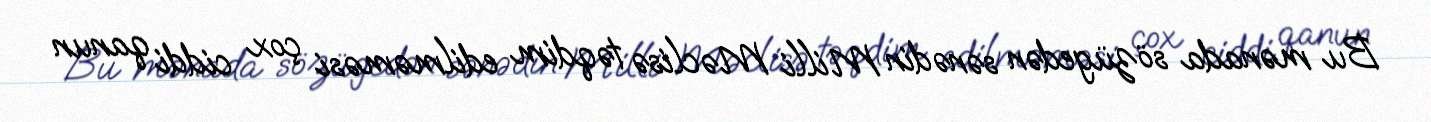
Bu mənada sözügedən sənədin Milli Məclisə təqdim edilməməsi çox ciddi qanun